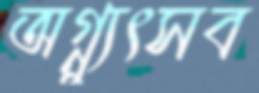
অগ্ন্যুৎসব